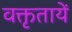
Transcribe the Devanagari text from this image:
वक्तृतायें